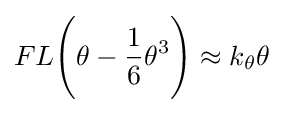
FL{\Bigg (}\theta -{\frac {1}{6}}\theta ^{3}{\Bigg )}\approx k_{\theta }\theta